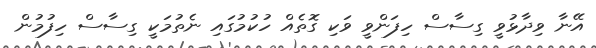
އޭނާ ވިދާޅުވީ ގިސާސް ހިފަންވީ ވަކި ގޮތެއް ހުކުމުގައި ނެތުމަކީ ގިސާސް ހިފުމުން